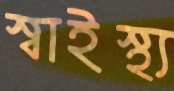
স্বাইস্থ্য